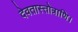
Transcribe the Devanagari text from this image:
देवतास्तोत्राणि।